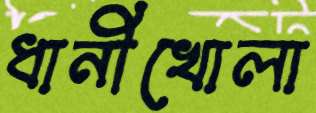
ধানীখোলা